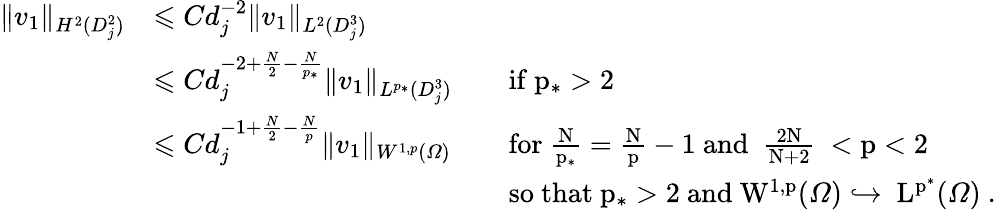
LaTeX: \begin{array}{rlrl}{\| v_{1}\| _{H^{2}(D_{j}^{2})}}&{\leqslant Cd_{j}^{-2}\| v_{1}\| _{L^{2}(D_{j}^{3})}}\\ &{\leqslant Cd_{j}^{-2+\frac{N}2-\frac{N}{p_{*}}}\| v_{1}\| _{L^{p_{*}}(D_{j}^{3})}}&&{\mathrm{if~p_*>2~}}\\ &{\leqslant Cd_{j}^{-1+\frac{N}2-\frac{N}{p}}\| v_{1}\| _{W^{1,p}(\varOmega)}}&&{\mathrm{for~\frac{N}{p_*}=\frac{N}p-1~and~\mathrm{~\frac{2N}{N+2}~}<p<2~}}\\ &{}&&{\mathrm{so~that~p_*>2~and~W^{1,p}(\varOmega)\hookrightarrow~L^{p^*}(\varOmega)~}.}\end{array}